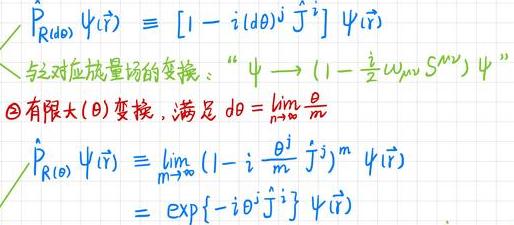
\(\hat{P}_{R(d\theta)}\psi(\vec{r})&=[1 - i(d\theta)^j\hat{J}^j]\psi(\vec{r})\)\\
&与它对应旋量场的变换：\(“\psi\to(1 - \frac{i}{2}\omega_{\mu\nu}S^{\mu\nu})\psi”\)\\
\(&$\textcircled{2}$\)有限大\((\theta)\)变换，满足\(d\theta=\lim_{m\to\infty}\frac{\theta}{m}\)\\
\(\hat{P}_{R\((\theta)\)}\psi(\vec{r})&=\lim_{m\to\infty}(1 - i\frac{\theta^j}{m}\hat{J}^j)^m\psi(\vec{r})\)\\
\(&=\exp\{-i\theta^j\hat{J}^j\}\psi(\vec{r})\)